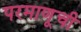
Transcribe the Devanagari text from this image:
परमाणूची